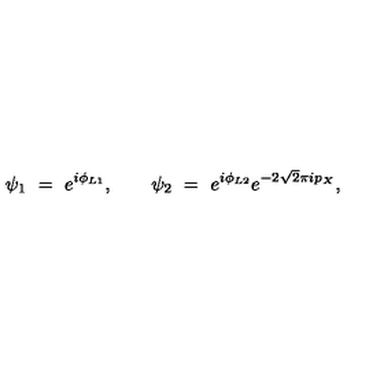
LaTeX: \psi _ { 1 } \ = \ e ^ { i \phi _ { L 1 } } , \qquad \psi _ { 2 } \ = \ e ^ { i \phi _ { L 2 } } e ^ { - 2 \sqrt { 2 } \pi i p _ { X } } ,